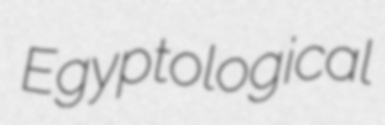
Egyptological